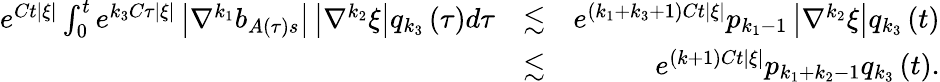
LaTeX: \begin{array}{rlr}{e^{Ct\left\vert\xi\right\vert}\int_{0}^{t}e^{k_{3}C\tau\left\vert\xi\right\vert}\left\vert\nabla^{k_{1}}b_{A\left(\tau\right)s}\right\vert\left\vert\nabla^{k_{2}}\xi\right\vert q_{k_{3}}\left(\tau\right)d\tau}&{\lesssim}&{e^{\left(k_{1}+k_{3}+1\right)Ct\left\vert\xi\right\vert}p_{k_{1}-1}\left\vert\nabla^{k_{2}}\xi\right\vert q_{k_{3}}\left(t\right)}\\ &{\lesssim}&{e^{\left(k+1\right)Ct\left\vert\xi\right\vert}p_{k_{1}+k_{2}-1}q_{k_{3}}\left(t\right).}\end{array}